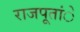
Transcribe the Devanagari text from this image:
राजपूतांे